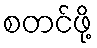
စတင်ဖို့